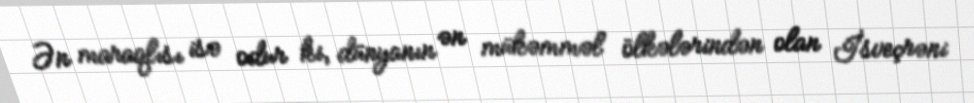
Ən maraqlısı isə odur ki, dünyanın ən mükəmməl ölkələrindən olan İsveçrəni